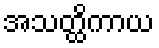
အသတ္ထိကာယ